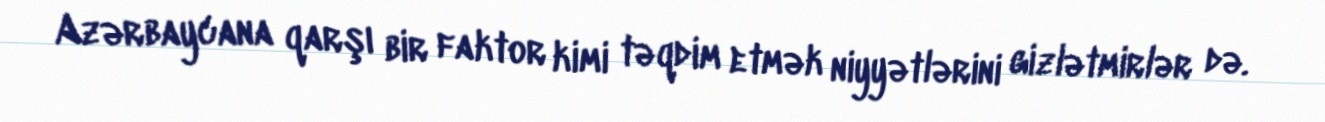
Azərbaycana qarşı bir faktor kimi təqdim etmək niyyətlərini gizlətmirlər də.